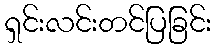
ရှင်းလင်းတင်ပြခြင်း